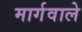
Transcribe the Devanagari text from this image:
मार्गवाले